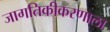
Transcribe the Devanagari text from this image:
जागतिकीकरणाला